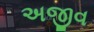
અજીવ